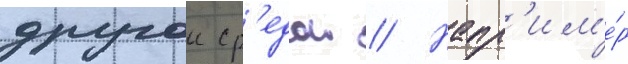
другои ср'едои // Напр'им'е́р